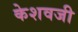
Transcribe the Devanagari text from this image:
केशवजी